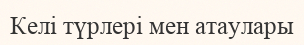
Келі түрлері мен атаулары